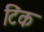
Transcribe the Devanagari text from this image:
टिंक